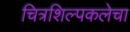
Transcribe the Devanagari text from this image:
चित्रशिल्पकलेचा